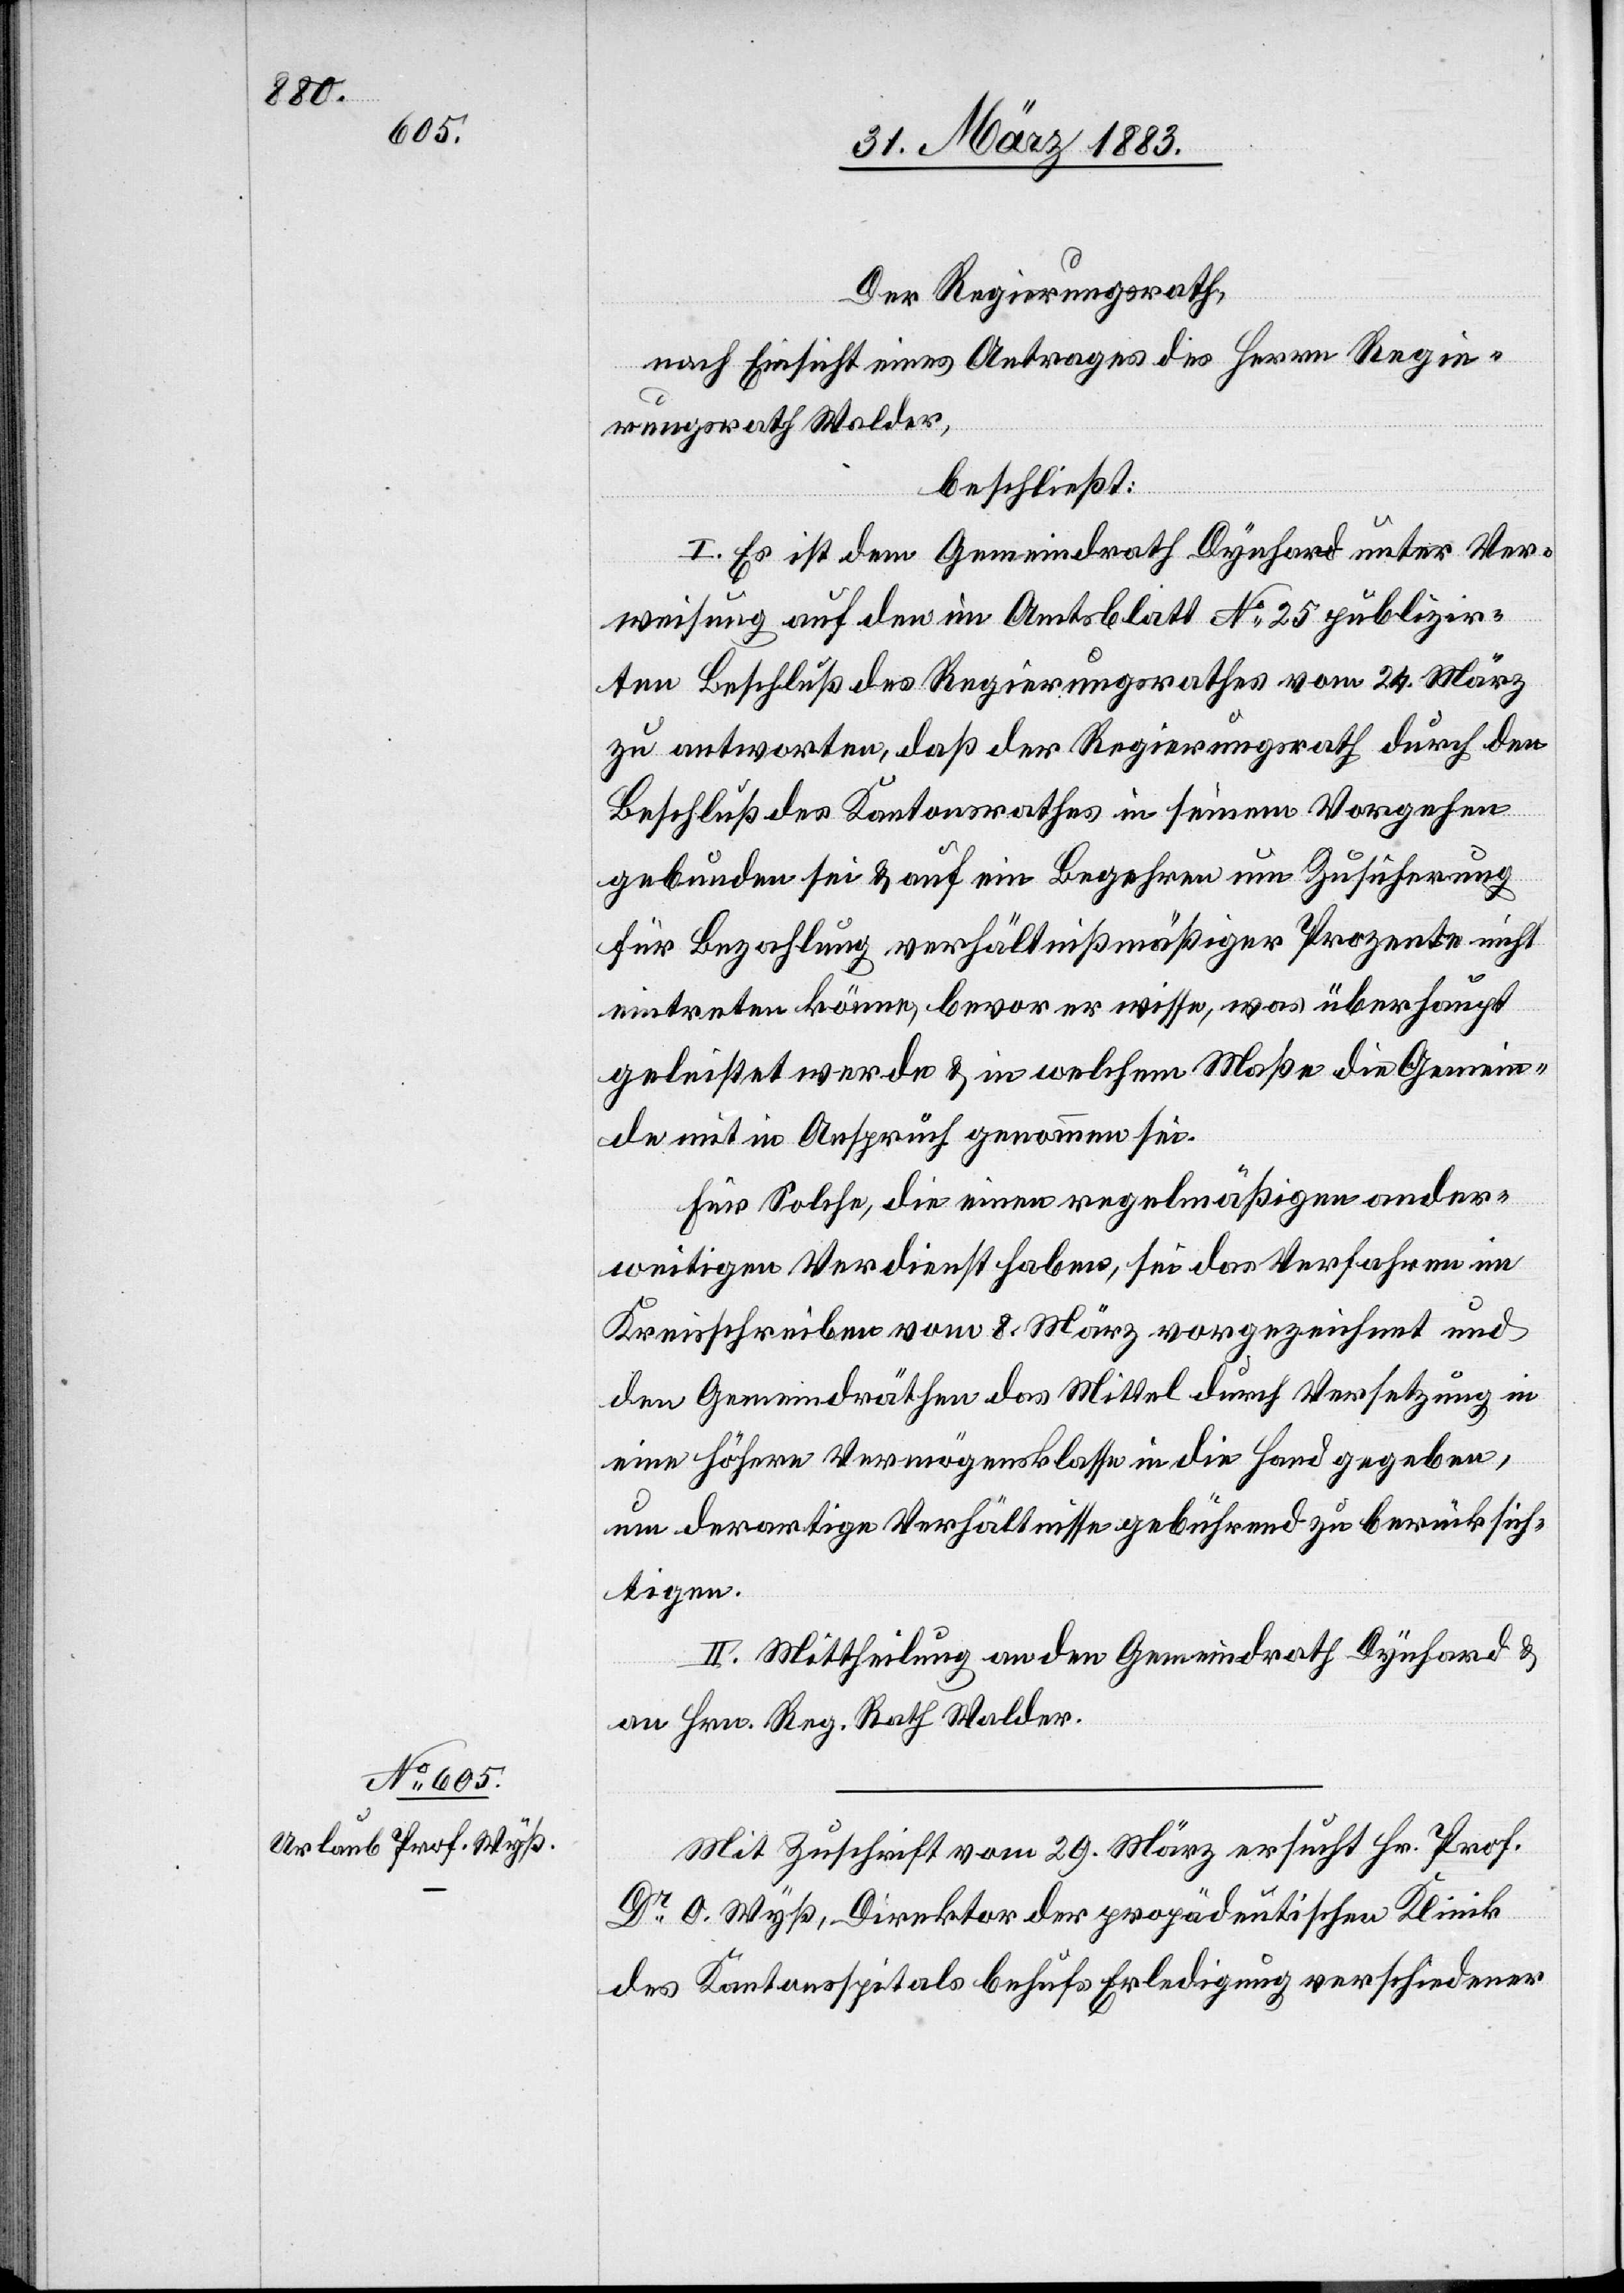
Der Regierungsrath,
nach Einsicht eines Antrages des Herrn Regie¬
rungsrathes Walder,
beschließt:
I. Es ist dem Gemeindrath Dynhard unter Ver¬
weisung auf den im Amtsblatt No 25 publizir¬
ten Beschluß des Regierungsrathes vom 24. März
zu antworten, daß der Regierungsrath durch den
Beschluß des Kantonsrathes in seinem Vorgehen
gebunden sei & auf ein Begehren um Zusicherung
für Bezahlung verhältnißmäßiger Prozente nicht
eintreten könne, bevor er wisse, was überhaupt
geleistet werde & in welchem Maße die Gemein¬
de mit in Anspruch genommen sei.
Für Solche, die einen regelmäßigen ander¬
weitigen Verdienst haben, sei das Verfahren im
Kreisschreiben vom 8. März vorgezeichnet und
den Gemeindräthen das Mittel durch Versetzung in
eine höhere Vermögensklasse in die Hand gegeben,
um derartige Verhältnisse gebührend zu berücksich¬
tigen.
II. Mittheilung an den Gemeindrath Dynhard &
an Hrn. Reg. Rath Walder.
Mit Zuschrift vom 29. März ersucht Hr. Prof.
Dr. O. Wyß, Direktor der propädeutischen Klinik
des Kantonsspitals behufs Erledigung verschiedener